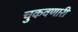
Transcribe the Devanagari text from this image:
चुकवणारी